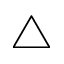
\triangle